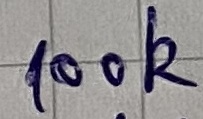
Text: 100K